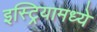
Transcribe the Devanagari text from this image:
इस्ट्रियामध्ये